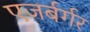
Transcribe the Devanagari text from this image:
एजर्बर्गर